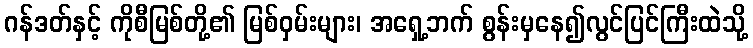
ဂန်ဒတ်နှင့် ကိုစီမြစ်တို့၏ မြစ်ဝှမ်းများ၊ အရှေ့ဘက် စွန်းမှနေ၍လွင်ပြင်ကြီးထဲသို့